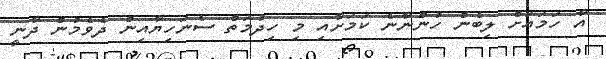
އާ ހަމައަށް ލިބެން ހުންނާނެ ކަމަށާއި މި ހިދުމަތް ސެނަހިޔާއިން ދެވެމުން ދާނީ